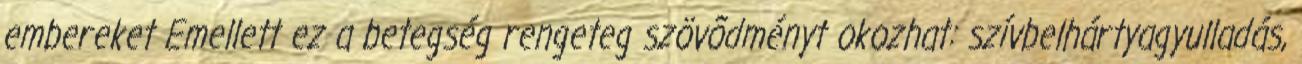
embereket Emellett ez a betegség rengeteg szövõdményt okozhat: szívbelhártyagyulladás,